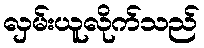
လှမ်းယူလိုက်သည်